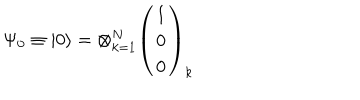
LaTeX: \Psi _ { 0 } \equiv \left| 0 \right\rangle = \otimes _ { k = 1 } ^ { N } \left( \begin{array} { l } { { 1 } } \\ { { 0 } } \\ { { 0 } } \\ \end{array} \right) _ { k }